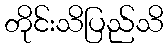
တိုင်းသိပြည်သိ